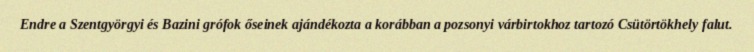
Endre a Szentgyörgyi és Bazini grófok őseinek ajándékozta a korábban a pozsonyi várbirtokhoz tartozó Csütörtökhely falut.